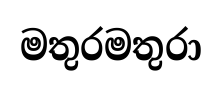
මතුරමතුරා